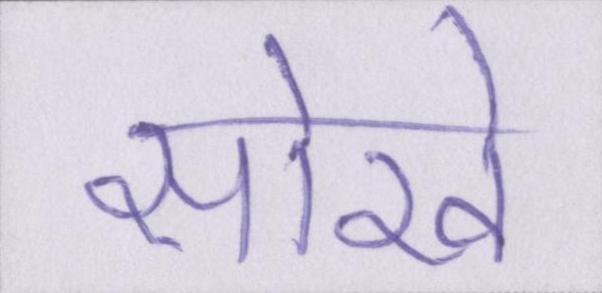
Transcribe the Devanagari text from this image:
सोखे